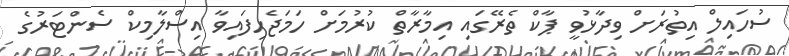
ސުހައިލް އިތުރަށް ވިދާޅުވީ ޕާކް ތެރޭގައި އިމާރާތް ކުރުމަށް ހަމަޖެހިފައިވާ އިސްލާމިކް ސެންޓަރުގެ